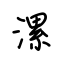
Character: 漯